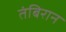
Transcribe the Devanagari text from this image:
तंबिरान